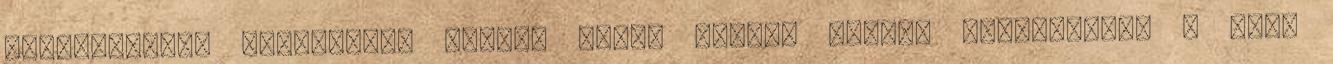
hatóságokhoz fordulni." Tavaly három titkos ülésen egyeztettek a MNÜA